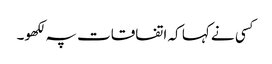
کسی نے کہا کہ اتفاقات پہ لکھو۔